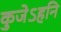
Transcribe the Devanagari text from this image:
कुजेऽहनि